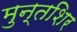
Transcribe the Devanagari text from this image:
मुन्तशिर